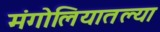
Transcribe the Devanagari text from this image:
मंगोलियातल्या